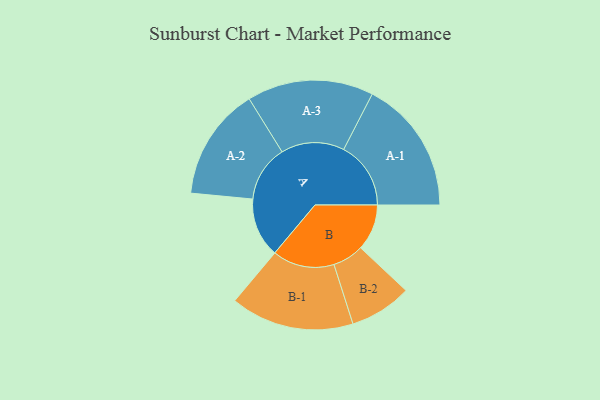
{"axis": {"x": "Segment", "y": "Value"}, "legend": ["", "A", "B"], "data": [{"x": "A", "y": 244, "type": ""}, {"x": "B", "y": 190, "type": ""}, {"x": "A-1", "y": 276, "type": "A"}, {"x": "A-2", "y": 232, "type": "A"}, {"x": "A-3", "y": 260, "type": "A"}, {"x": "B-1", "y": 254, "type": "B"}, {"x": "B-2", "y": 128, "type": "B"}]}